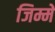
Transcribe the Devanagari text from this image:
जिम्में